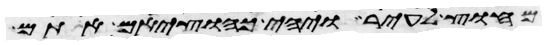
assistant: מחוץ לעיר ויהי כהוציאם אתם